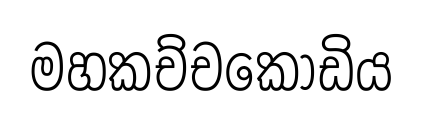
මහකච්චකොඩිය